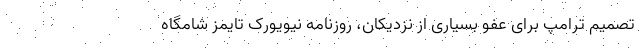
تصمیم ترامپ برای عفو بسیاری از نزدیکان، روزنامه نیویورک‌ تایمز شامگاه